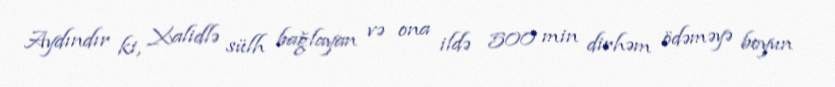
Aydındır ki, Xalidlə sülh bağlayan və ona ildə 500 min dirhəm ödəməyə boyun